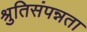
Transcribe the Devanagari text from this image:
श्रुतिसंपन्नता